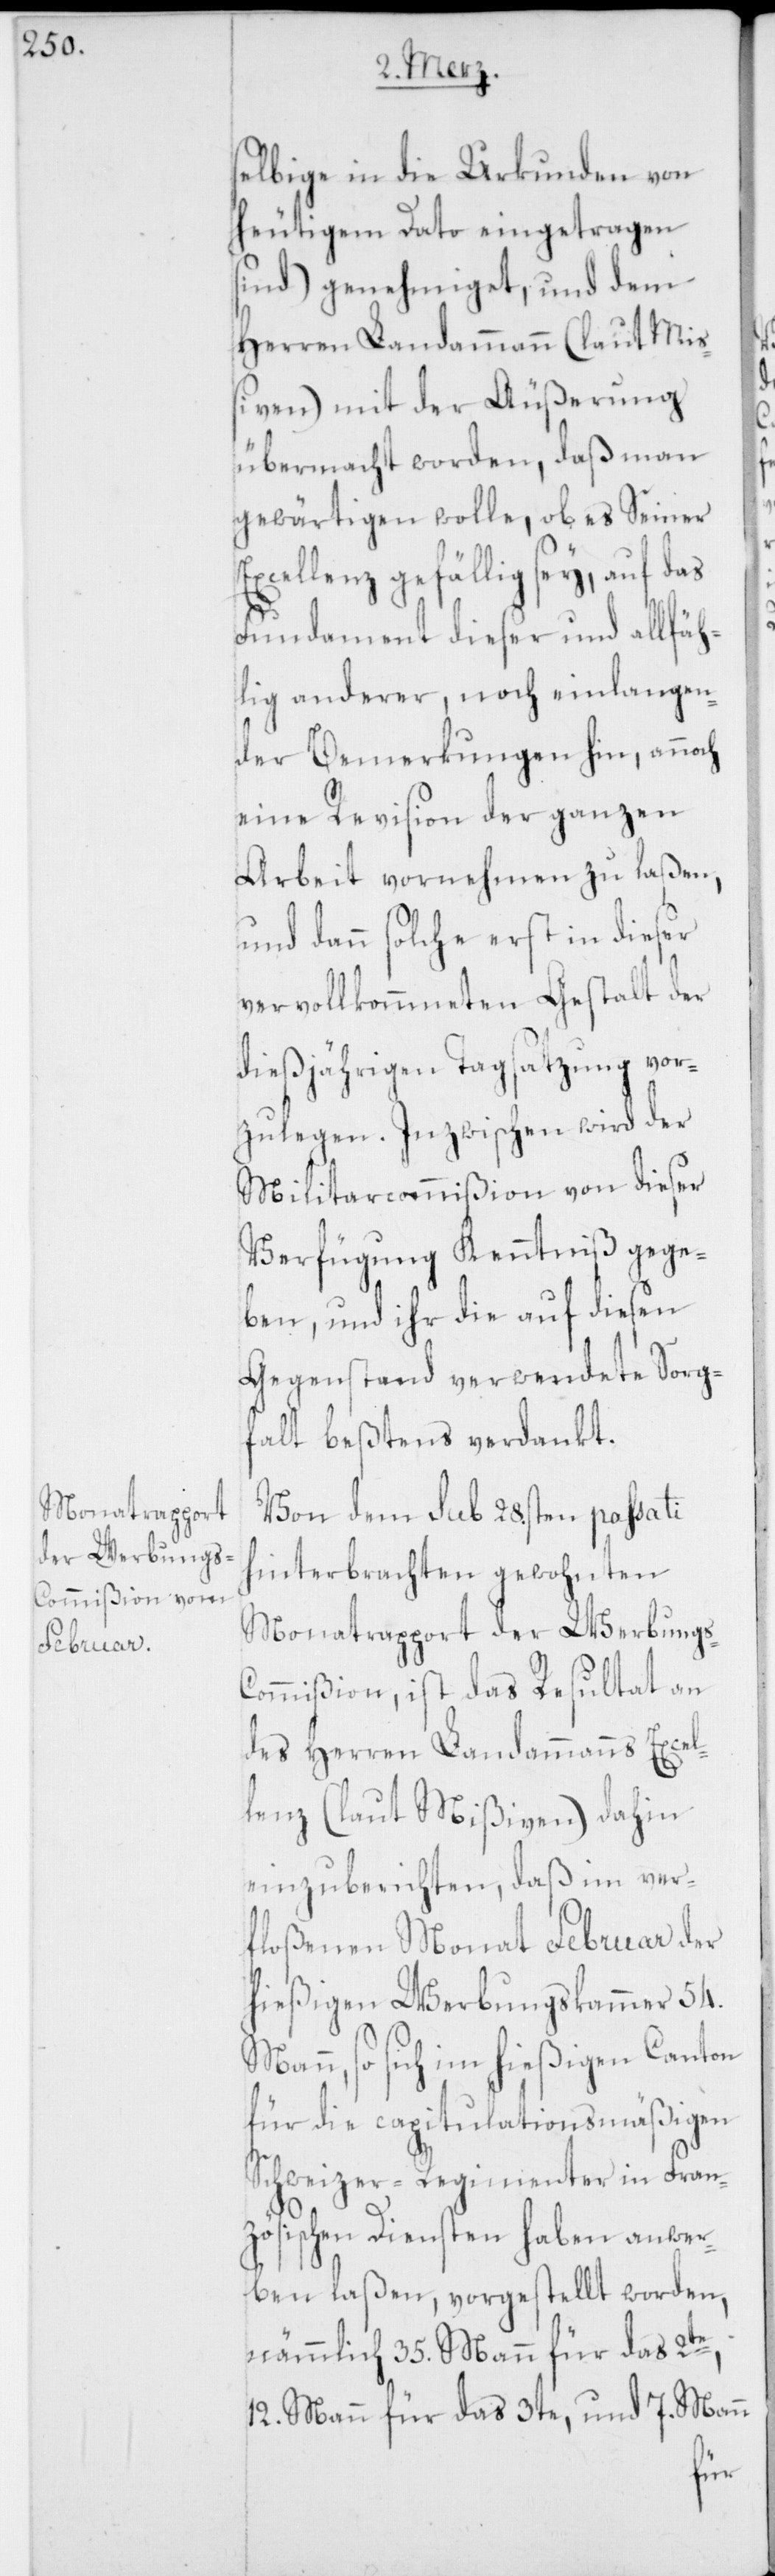
selbige in die Urkunden von
heutigem Dato eingetragen
sind) genehmiget, und dem
Herren Landammann (laut Miß¬
iven) mit der Äußerung
übermacht worden, daß man
gewärtigen wolle, ob es Seiner
Excellenz gefällig sey, auf das
Fundament dieser und allfäh¬
lig anderer, noch einlangen¬
der Bemerkungen hin, annoch
eine Revision der ganzen
Arbeit vornehmen zu laßen,
und dann solche erst in dieser
vervollkommneten Gestalt der
dießjährigen Tagsatzung vor¬
zulegen. Inzwischen wird der
Militarcommißion von dieser
Verfügung Kenntniß gege¬
ben, und ihr die auf diesen
Gegenstand verwendete Sorg¬
falt beßtens verdankt.
Von dem sub 28.sten passati
hinterbrachten gewohnten
Monatrapport der Werbung¬
ommißion, ist das Resultat an
des Herren Landammanns Excel¬
lenz (laut Mißiven) dahin
einzuberichten, daß im ver¬
floßenen Monat Februar der
hießigen Werbungskammer 54.
Mann, so sich im hießigen Canton
für die capitulationsmäßigen
Schweizer-Regimenter in Fran¬
zösischen Diensten haben anwer¬
ben laßen, vorgestellt worden,
nämmlich 35. Mann für das 2te,
12. Mann für das 3te, und 7. Mann
s-C¬